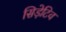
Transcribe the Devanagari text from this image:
सिड़ेटिव